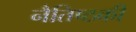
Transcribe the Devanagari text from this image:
नैतिष्ठकी